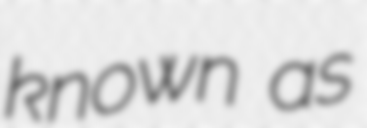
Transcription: known as